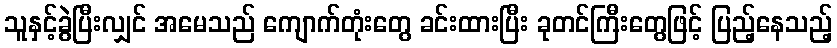
သူနှင့်ခွဲပြီးလျှင် အမေသည် ကျောက်တုံးတွေ ခင်းထားပြီး ခုတင်ကြီးတွေဖြင့် ပြည့်နေသည့်